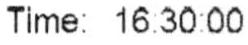
TIME: 16:30:00